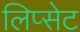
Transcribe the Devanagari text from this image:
लिप्सेट